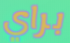
براي